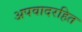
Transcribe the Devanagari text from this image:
अपवादरहित